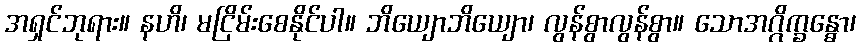
အရှင်ဘုရား။ နဟိ၊ မငြိမ်းစေနိုင်ပါ။ ဘိယျောဘိယျော၊ လွန်စွာလွန်စွာ။ သောအဂ္ဂိက္ခန္ဓော၊